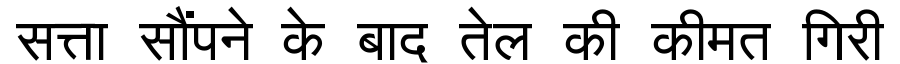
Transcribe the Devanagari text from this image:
सत्ता सौंपने के बाद तेल की कीमत गिरी